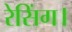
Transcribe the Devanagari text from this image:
रेसिंग।